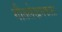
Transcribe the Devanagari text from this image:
गीतलेखनकला